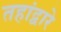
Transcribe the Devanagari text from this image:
तहांद्वारे